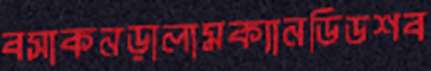
বসাকনড়ালামক্যানডিডশব